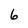
Character: 6